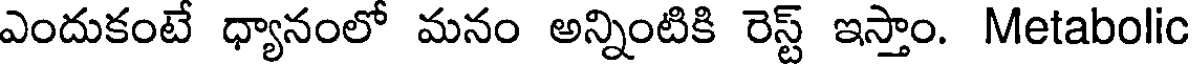
ఎందుకంటే ధ్యానంలో మనం అన్నింటికి రెస్ట్ ఇస్తాం. Metabolic